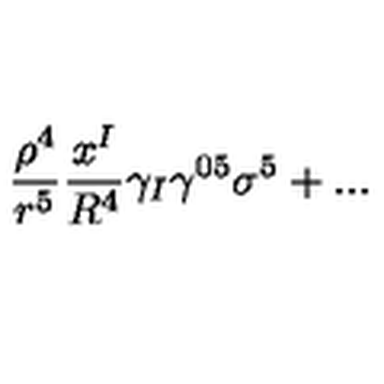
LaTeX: \frac { \rho ^ { 4 } } { r ^ { 5 } } \frac { x ^ { I } } { R ^ { 4 } } \gamma _ { I } \gamma ^ { 0 5 } \sigma ^ { 5 } + . . .